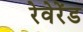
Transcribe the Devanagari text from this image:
रेवेरेंड